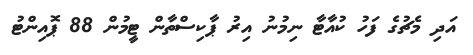
އަދި މެޗުގެ ފަހު ކުއާޓާ ނިމުނު އިރު ޕާކިސްތާން ޓީމުން 88 ޕޮއިންޓު